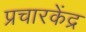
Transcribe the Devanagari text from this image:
प्रचारकेंद्र